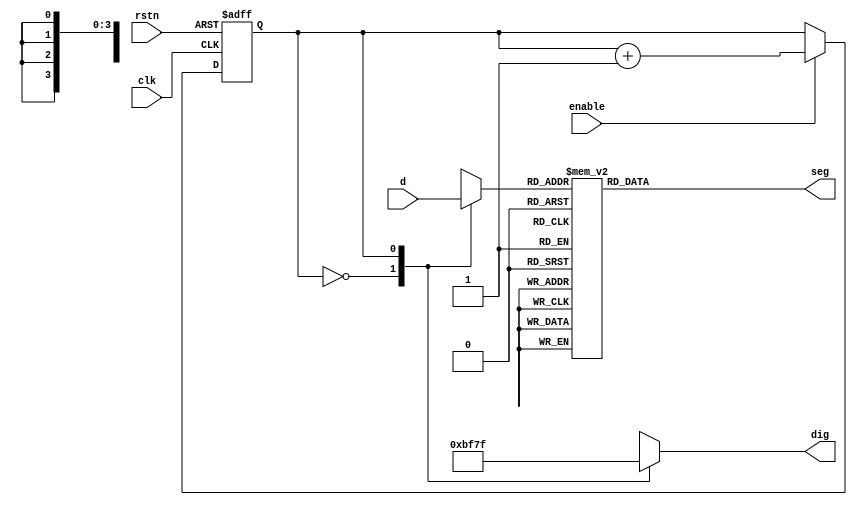
module scan_dig(clk, rstn, enable, d, dig, seg);		//7
	input clk, rstn, enable;				//
	input[7:0] d;							//
	output[7:0]	dig;						//7
	output[7:0] seg;						//7

	reg[7:0] seg_r;							
	reg[7:0] dig_r;							
	reg[3:0] disp_dat;						
	reg count;							

	assign dig = dig_r;						
	assign seg = seg_r;							

	//
	always @(posedge clk or negedge rstn)   			
	begin
		if (!rstn)
			count <= 1'b0;
		else if (enable)
			count <= count + 1'b1;
	end

	//
	always @(count or d)   						
	begin
		case(count)							
			1'b0: begin
				disp_dat = d[7:4];		//
				dig_r = 8'b10111111;
			end
			1'b1: begin
				disp_dat = d[3:0];		//
				dig_r = 8'b01111111;
			end
			default: begin
				disp_dat = 4'hx;
				dig_r = 8'hxx;
			end
		endcase
	end

	// 
	always @(disp_dat)
	begin
		case(disp_dat)					
			4'h0:seg_r = ~(8'hc0);				//0
			4'h1:seg_r = ~(8'hf9);				//1
			4'h2:seg_r = ~(8'ha4);				//2
			4'h3:seg_r = ~(8'hb0);				//3
			4'h4:seg_r = ~(8'h99);				//4
			4'h5:seg_r = ~(8'h92);				//5
			4'h6:seg_r = ~(8'h82);				//6
			4'h7:seg_r = ~(8'hf8);				//7
			4'h8:seg_r = ~(8'h80);				//8
			4'h9:seg_r = ~(8'h90);				//9
			4'ha:seg_r = ~(8'h88);				//a
			4'hb:seg_r = ~(8'h83);				//b
			4'hc:seg_r = ~(8'hc6);				//c
			4'hd:seg_r = ~(8'ha1);				//d
			4'he:seg_r = ~(8'h86);				//e
			4'hf:seg_r = ~(8'h8e);				//f
			default: seg_r = 8'hxx;
		endcase
	end
endmodule